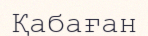
Қабаған